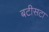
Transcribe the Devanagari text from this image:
बटीसटा